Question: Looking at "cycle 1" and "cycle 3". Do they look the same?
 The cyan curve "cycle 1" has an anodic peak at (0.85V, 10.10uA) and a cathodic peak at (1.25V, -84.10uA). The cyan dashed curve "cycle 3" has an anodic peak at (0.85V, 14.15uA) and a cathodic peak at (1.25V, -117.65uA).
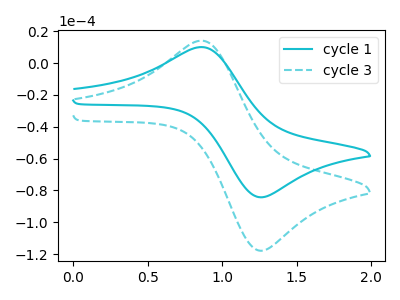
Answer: <think>All the peaks in "cycle 1" have a peak in "cycle 3" at the same potential. Every peak in "cycle 1" is lower than every peak in "cycle 3".
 </think>
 <answer>"cycle 1" and "cycle 3" are similar in shape.</answer>
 <eval>same_shape</eval>